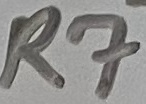
Text: R7